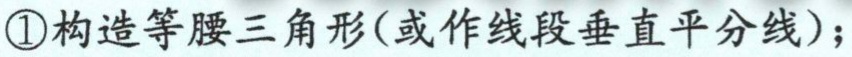
\textcircled{1}构造等腰三角形(或作线段垂直平分线)；